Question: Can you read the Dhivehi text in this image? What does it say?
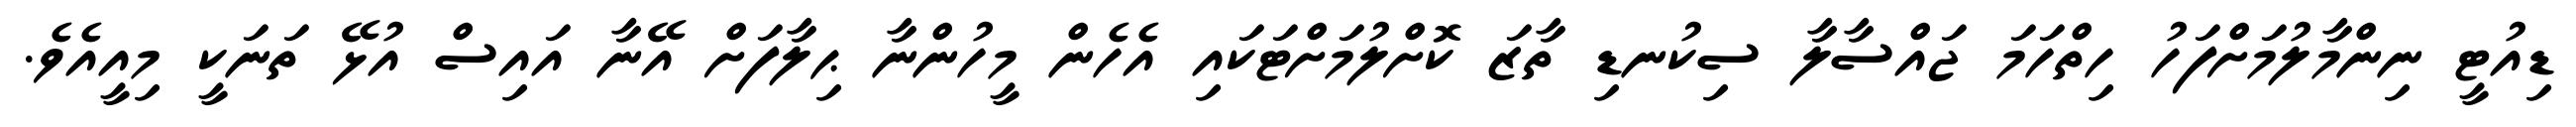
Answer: ޑިއުޓީ ނިންމާލުމަށްފަހު ހިތްހަމަ ޖައްސާލާ ސިކުނޑި ތާޒަ ކޮށްލުމަށްޓަކައި އެހެން މީހުންނާ ޙިލާފަށް އޭނާ އައިސް އުޅޭ ތަނަކީ މިއީއެވެ.